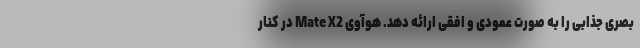
بصری جذابی را به صورت عمودی و افقی ارائه دهد. هوآوی Mate X2 در کنار